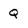
Character: Q